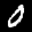
Label: 0